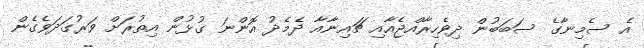
އެ ސެމިނާގެ ސަބަބުން ދިވެހިރާއްޖެއާއި ޗައިނާއާ ދެމެދު އޮންނަ ގުޅުން އިތުރަށް ވަރުގަދަވެގެން